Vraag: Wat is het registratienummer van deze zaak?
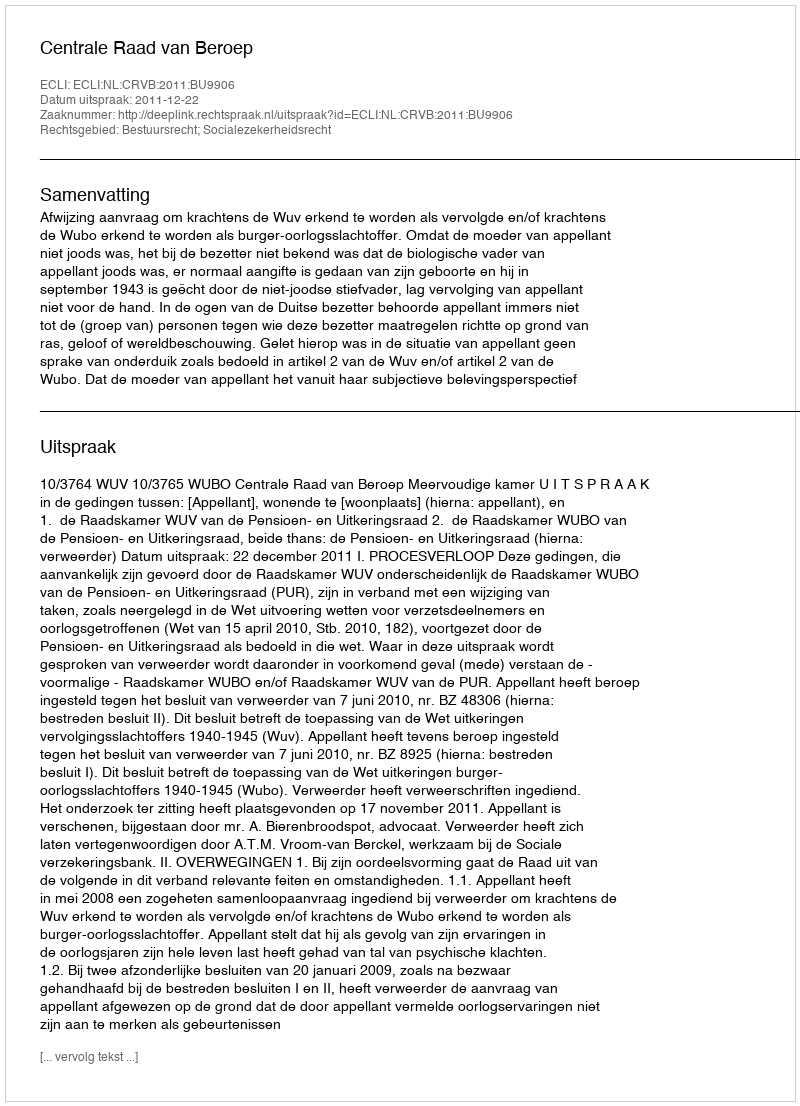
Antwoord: http://deeplink.rechtspraak.nl/uitspraak?id=ECLI:NL:CRVB:2011:BU9906